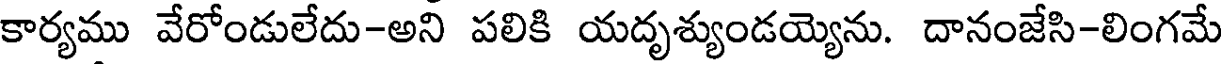
కార్యము వేరోండులేదు-అని పలికి యదృశ్యుండయ్యెను. దానంజేసి-లింగమే